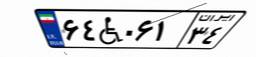
۶۴W۰۶۱۳۴